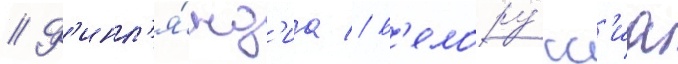
// Ф'инл'я́нд'иа // Б'елору́сс'иа